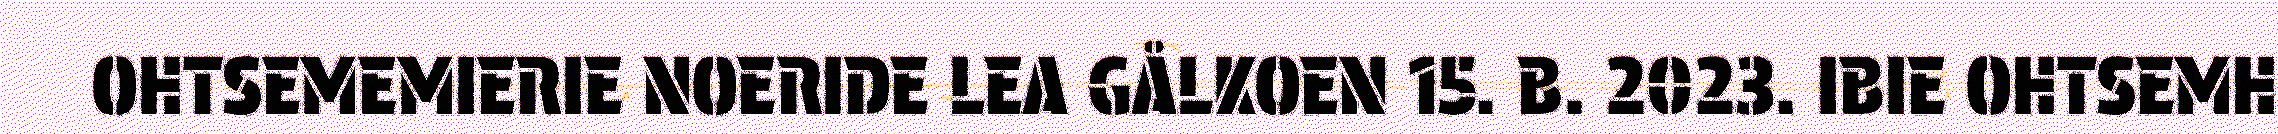
OHTSEMEMIERIE NOERIDE LEA GÅLKOEN 15. B. 2023. IBIE OHTSEMH